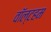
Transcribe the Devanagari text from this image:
वॉल्टहम